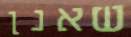
שאנן